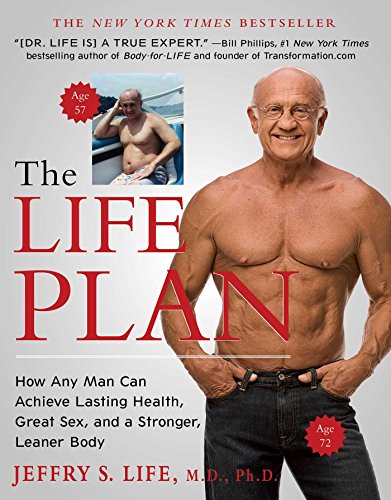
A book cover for The Life Plan: How Any Man Can Achieve Lasting Health, Great Sex, and a Stronger, Leaner Body; Jeffry S. Life M.D.  Ph.D.; Health, Fitness & Dieting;